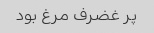
پر غضرف مرغ بود